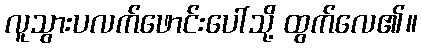
လူသွားပလက်ဖောင်းပေါ်သို့ ထွက်လေ၏။